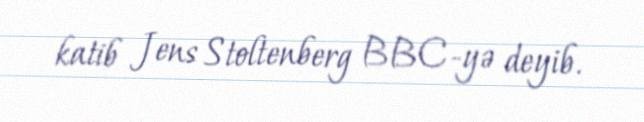
katib Jens Stoltenberg BBC-yə deyib.